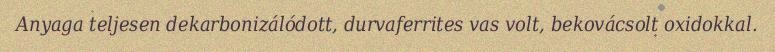
Anyaga teljesen dekarbonizálódott, durvaferrites vas volt, bekovácsolt oxidokkal.